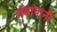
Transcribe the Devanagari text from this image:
अंबापानी